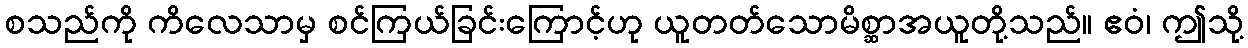
စသည်ကို ကိလေသာမှ စင်ကြယ်ခြင်းကြောင့်ဟု ယူတတ်သောမိစ္ဆာအယူတို့သည်။ ဧဝံ၊ ဤသို့